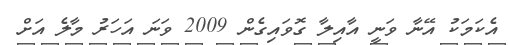
އެކަމަކު އޭނާ ވަނީ އާއިލާ ގޮވައިގެން 2009 ވަނަ އަހަރު މާލެ އަށް